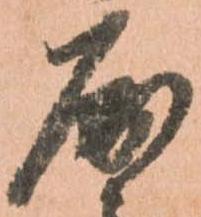
屈